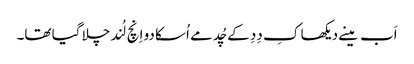
اَب مینے دیکھا کِ دِدِ کے چُد مے اُسکا دو اِنچ لُند چلا گیا تھا۔